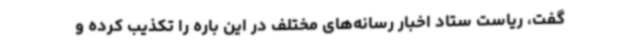
گفت، ریاست ستاد اخبار رسانه‌های مختلف در این باره را تکذیب کرده و